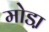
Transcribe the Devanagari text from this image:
मोडा़